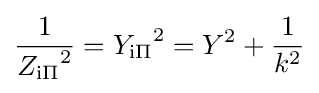
{\frac {1}{{Z_{\mathrm {i\Pi } }}^{2}}}={Y_{\mathrm {i\Pi } }}^{2}=Y^{2}+{\frac {1}{k^{2}}}